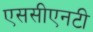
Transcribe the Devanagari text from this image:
एससीएनटी